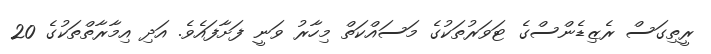
ރީތިގަސް ރެޒިޑެންސްގެ ޓަވަރުތަކުގެ މަސައްކަތް މިހާރު ވަނީ ފަށާފައެވެ. އަދި އިމާރާތްތަކުގެ 20